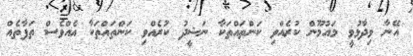
އޭނާ ވިދާޅުވީ މައުމޫން ކުރެއްވި ކަންތައްތަކާ ނަޝީދު ކުރެއްވި ކަންތައްތަކާ އެއްވެސް ތަފާތެއް